Annual administration report of the Civil Veterinary Department of India - 1905-1906
Year: 1905
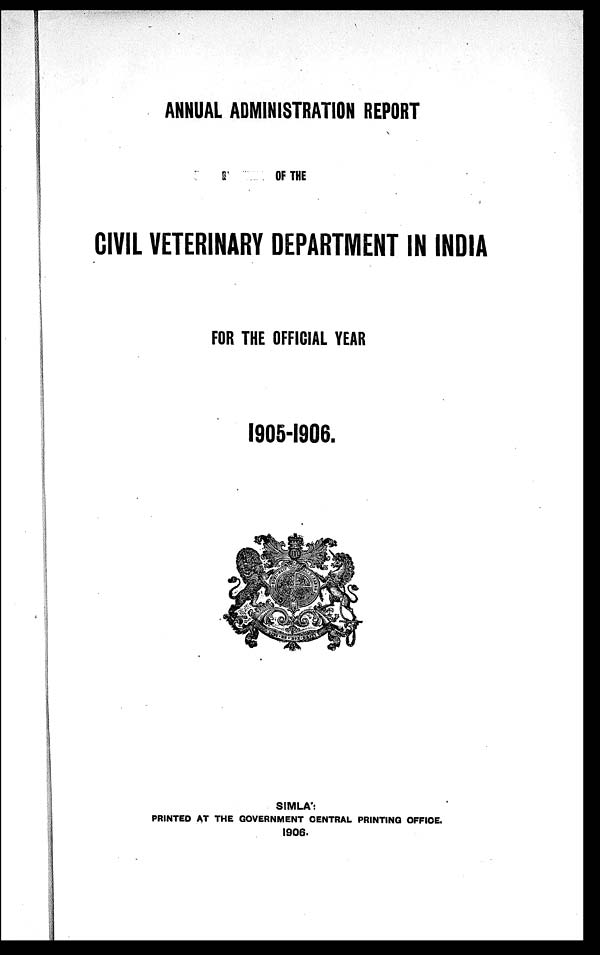
ANNUAL ADMINISTRATION REPORT
OF THE
CIVIL VETERINARY DEPARTMENT IN INDIA
FOR THE OFFICIAL YEAR
1905-1906.
SIMLA:
PRINTED AT THE GOVERNMENT CENTRAL PRINTING OFFICE.
1906.